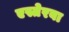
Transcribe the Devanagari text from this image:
एस्तेरबा